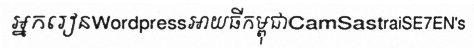
អ្នករៀនWordpressអាយធីកម្ពុជាCamSastraiSE7EN's